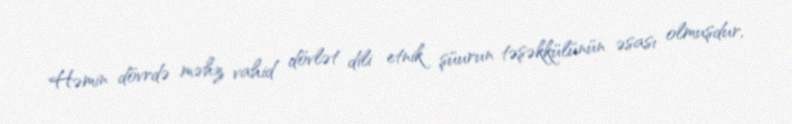
Həmin dövrdə məhz vahid dövlət dili etnik şüurun təşəkkülünün əsası olmuşdur,